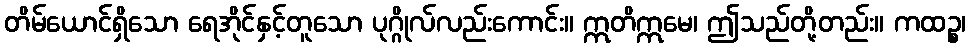
တိမ်ယောင်ရှိသော ရေအိုင်နှင့်တူသော ပုဂ္ဂိုလ်လည်းကောင်း။ ဣတိဣမေ၊ ဤသည်တို့တည်း။ ကထဉ္စ၊